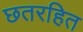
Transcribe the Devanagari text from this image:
छतरहित